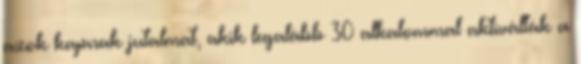
azok kapnak jutalmat, akik legalább 30 alkalommal aktiválták a